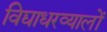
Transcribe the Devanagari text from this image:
विद्याधरव्यालों